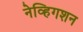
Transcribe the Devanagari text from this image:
नेव्हिगशन